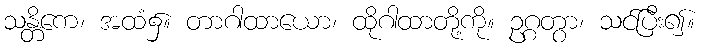
သန္တိကေ၊ အထံ၌။ တာဂါထာယော၊ ထိုဂါထာတို့ကို။ ဥဂ္ဂတွာ၊ သင်ပြီး၍။